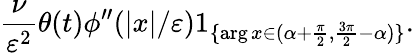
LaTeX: \frac{\nu}{\varepsilon^{2}}\theta(t)\phi^{\prime\prime}(|x|/\varepsilon)1_{\{ \arg x\in(\alpha+\frac{\pi}{2},\frac{3\pi}{2}-\alpha)\} }.